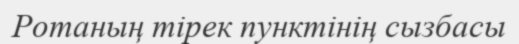
Ротаның тірек пунктінің сызбасы